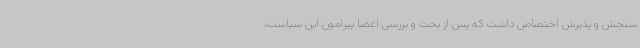
سنجش و پذیرش اختصاص داشت که پس از بحث و بررسی اعضا پیرامون این سیاست،